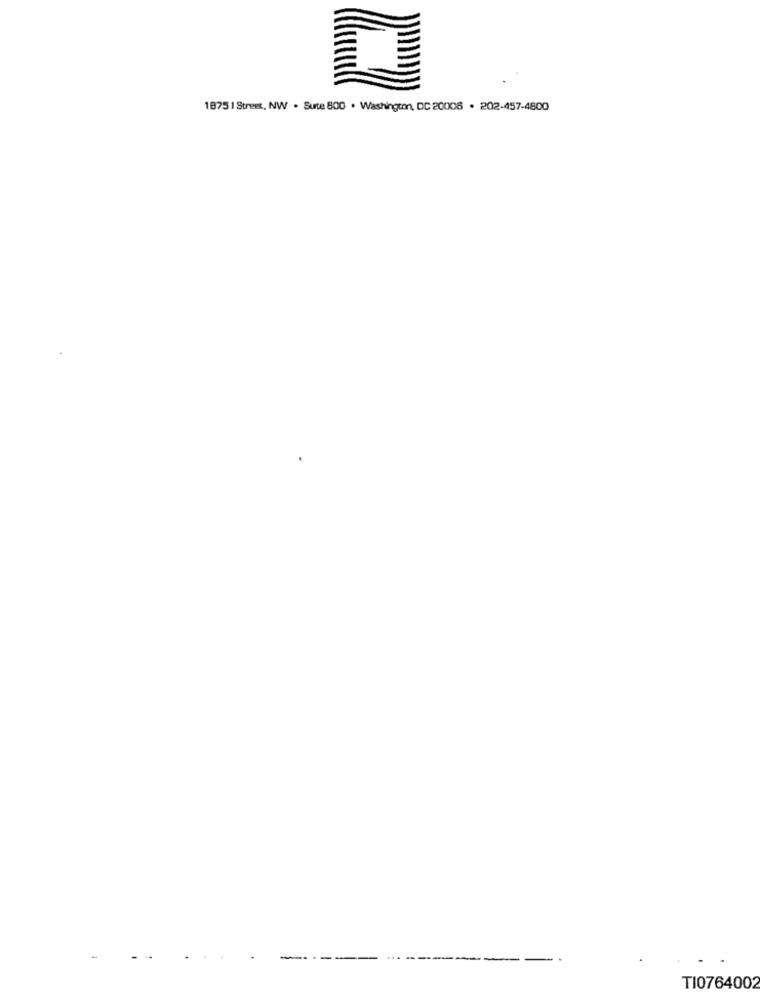
1875 1 Street, NW . Sute 800 . Washington, DC 20006 . 202-457-4800
TI0764002